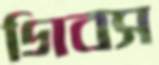
গিবস